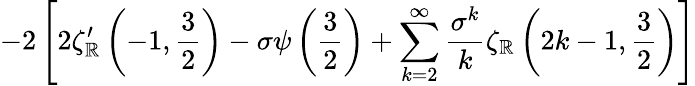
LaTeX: -2\left[2\zeta_{\mathbb{R}}^{\prime}\left(-1,{\frac{{3}}{{2}}}\right)-\sigma\psi\left({\frac{{3}}{{2}}}\right)+\sum_{k=2}^{\infty}{\frac{{\sigma^{k}}}{{k}}}\zeta_{\mathbb{R}}\left(2k-1,{\frac{{3}}{{2}}}\right)\right]